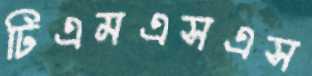
টিএমএসএস